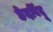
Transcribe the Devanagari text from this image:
छेदबिंदू